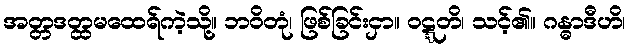
အတ္တဒတ္ထမထေရ်ကဲ့သို့။ ဘဝိတုံ၊ ဖြစ်ခြင်းငှာ။ ဝဋ္ဋတိ၊ သင့်၏။ ဂန္ဓာဒီဟိ၊